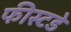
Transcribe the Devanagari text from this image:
फीस्टडे